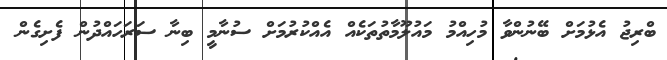
ބްރިޖު އެޅުމަށް ބޭނުންވާ މުހިއްމު މައުލޫމާތުތަކެއް އެއްކުރުމަށް ސުނާމީ ބިނާ ސަރަހައްދުން ފެށިގެން